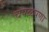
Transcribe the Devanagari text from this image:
चपळपणा